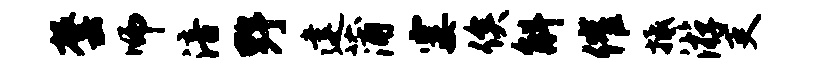
罄师涪野建蒲霎俟斛催抵游吏